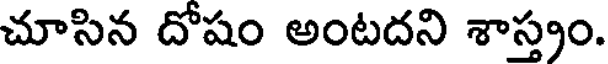
చూసిన దోషం అంటదని శాస్త్రం.